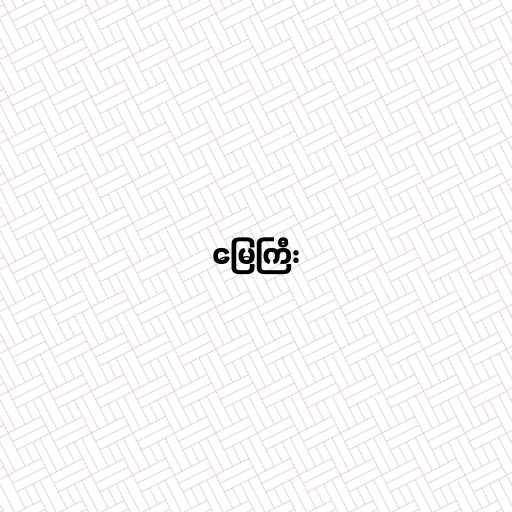
မြေကြီး